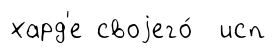
хард'е своjего́ исп